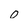
Character: O